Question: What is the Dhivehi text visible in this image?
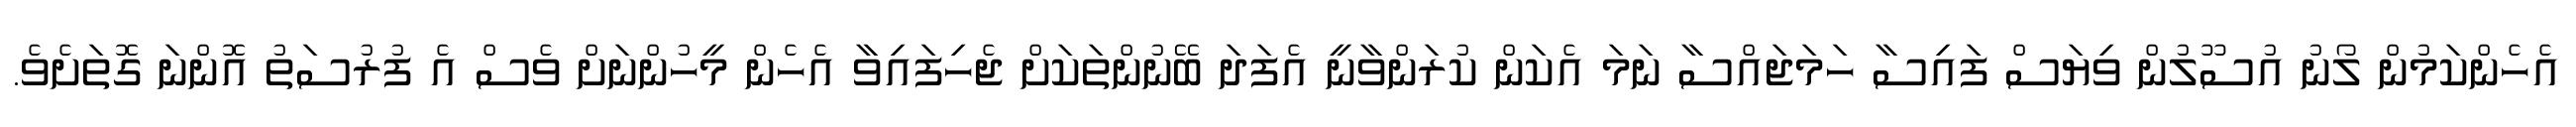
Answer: އެހެންކަމުން ލޯނު އުސޫލުން ވިޔަސް ފައިސާ ހަމަޖައްސާ ނަމަ އެކަން ކުރަންވާނީ އެފަދަ ބޭނުންތަކަށް ޖެހިފައިވާ އެހެން މީހުންނަށް ވެސް އެ ފުރުސަތު އޮންނަ ގޮތަށެވެ.